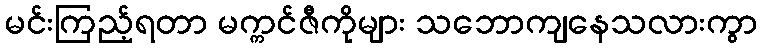
မင်းကြည့်ရတာ မက္ကင်ဇီကိုများ သဘောကျနေသလားကွာ